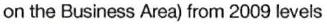
on the Business Area) from 2009 levels